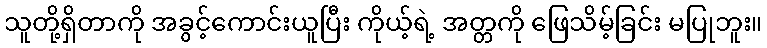
သူတို့ရှိတာကို အခွင့်ကောင်းယူပြီး ကိုယ့်ရဲ့ အတ္တကို ဖြေသိမ့်ခြင်း မပြုဘူး။